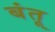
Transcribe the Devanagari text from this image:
बंतू